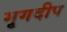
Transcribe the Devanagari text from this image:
मृगदीप